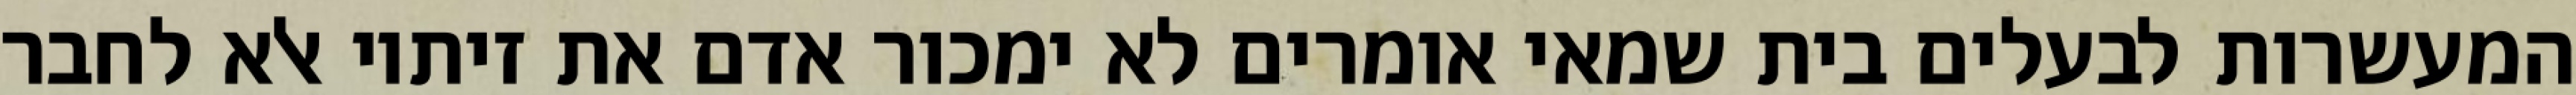
המעשרות לבעלים בית שמאי אומרים לא ימכור אדם את זיתיו אלא לחבר